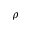
\rho